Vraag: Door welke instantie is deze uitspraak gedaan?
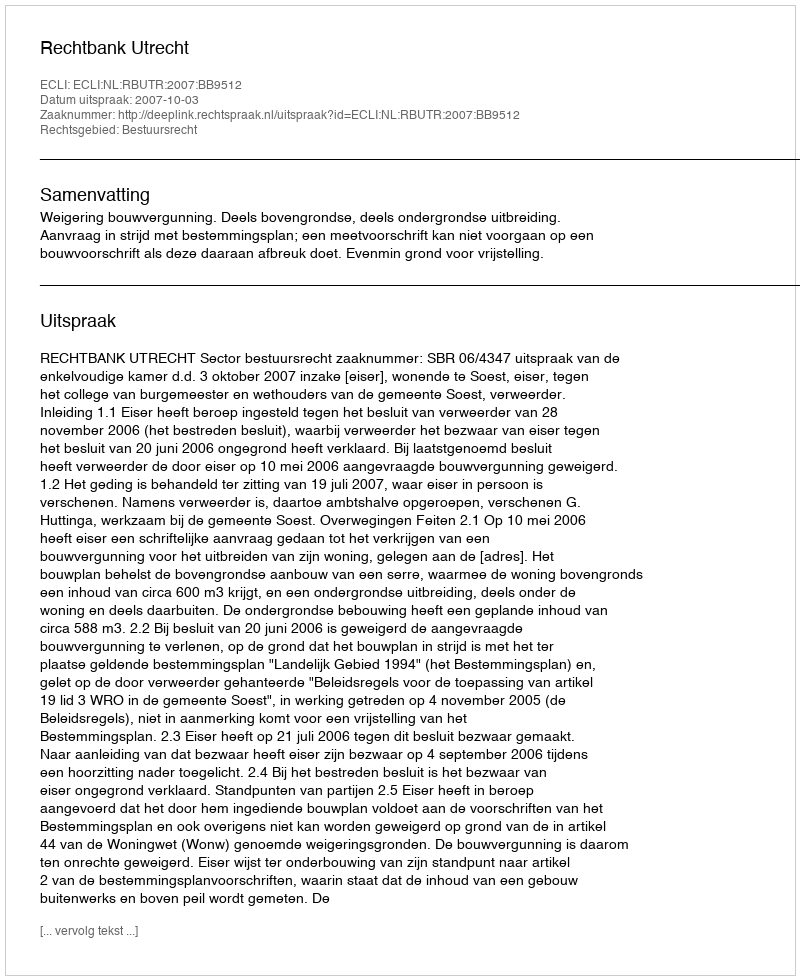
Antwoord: Rechtbank Utrecht